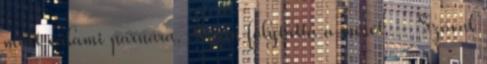
mint valami párnára. Aztán folytatta a mesét. – Szóval